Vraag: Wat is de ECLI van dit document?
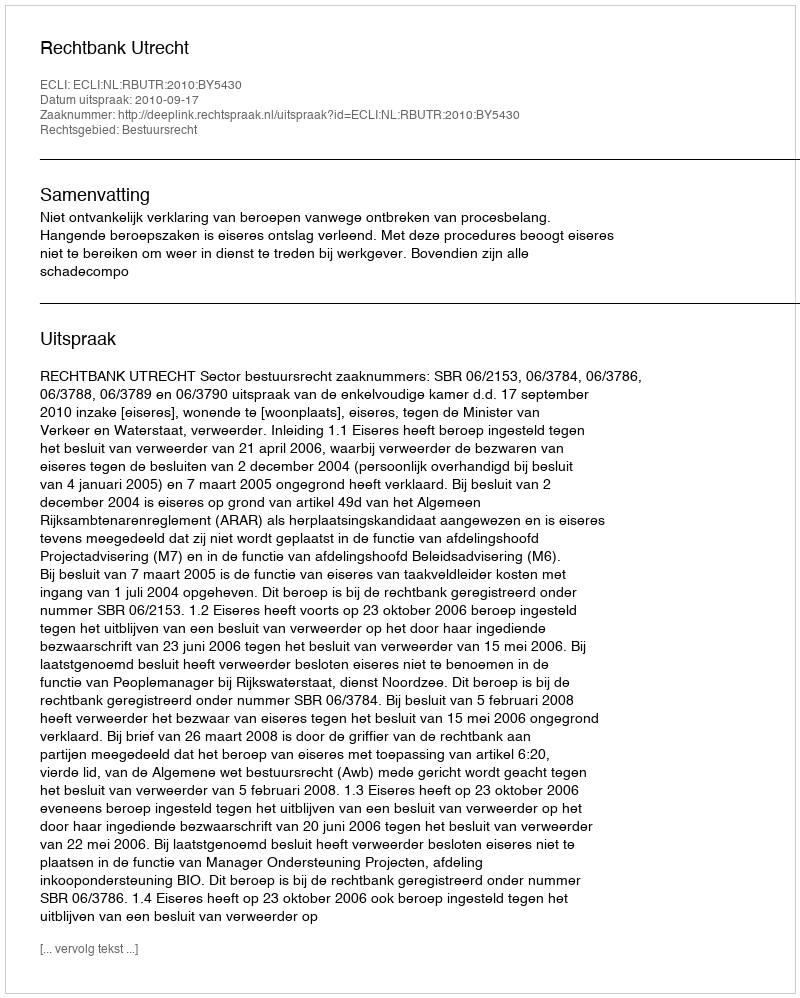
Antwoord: ECLI:NL:RBUTR:2010:BY5430